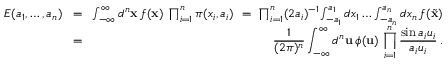
\begin{array} { r l r } { E ( a _ { 1 } , \dots , a _ { n } ) } & { \! = \! } & { \int _ { - \infty } ^ { \infty } d ^ { n } { \bf x } \, f ( { \bf x } ) \, \prod _ { i = 1 } ^ { n } \pi ( x _ { i } , a _ { i } ) \ = \ \prod _ { i = 1 } ^ { n } ( 2 a _ { i } ) ^ { - 1 } \! \int _ { - a _ { 1 } } ^ { a _ { 1 } } d x _ { 1 } \dots \int _ { - a _ { n } } ^ { a _ { n } } d x _ { n } \, f ( \tilde { \bf x } ) } \\ & { \! = \! } & { { \displaystyle { \frac { 1 } { ( 2 \pi ) ^ { n } } } \int _ { - \infty } ^ { \infty } d ^ { n } { \bf u } \, \phi ( { \bf u } ) \, \prod _ { i = 1 } ^ { n } { \frac { \sin a _ { i } u _ { i } } { a _ { i } u _ { i } } } \, . } } \end{array}